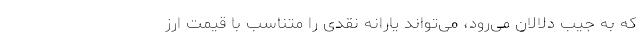
که به جیب دلالان می‌رود، می‌تواند یارانه‌ نقدی را متناسب با قیمت ارز